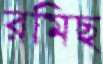
রমিছ